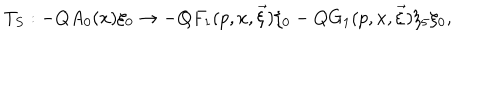
T _ { S } : - Q A _ { 0 } ( x ) \xi _ { 0 } \rightarrow - Q F _ { 1 } ( p , x , \vec { \xi } ) \xi _ { 0 } - Q G _ { 1 } ( p , x , \vec { \xi } ) \xi _ { 5 } \xi _ { 0 } ,